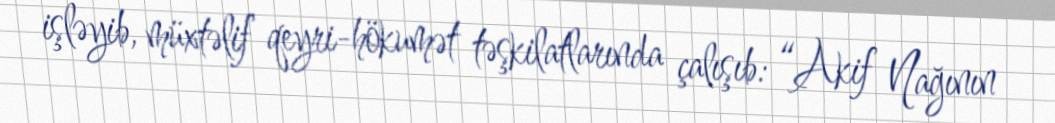
işləyib, müxtəlif qeyri-hökumət təşkilatlarında çalışıb: “Akif Nağının